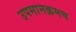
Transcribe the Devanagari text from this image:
उपमानक्रमण